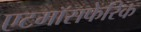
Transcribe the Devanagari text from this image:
एटमॉसफेरिक